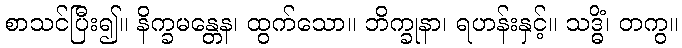
စာသင်ပြီး၍။ နိက္ခမန္တေန၊ ထွက်သော။ ဘိက္ခုနာ၊ ရဟန်းနှင့်။ သဒ္ဓိံ၊ တကွ။